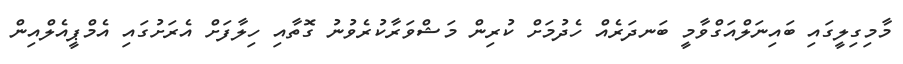
މާމިގިލީގައި ބައިނަލްއަގްވާމީ ބަނދަރެއް ހެދުމަށް ކުރިން މަޝްވަރާކުރެވުނު ގޮތާއި ހިލާފަށް އެރަށުގައި އެމްޕީއެލްއިން